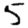
Digit: 5